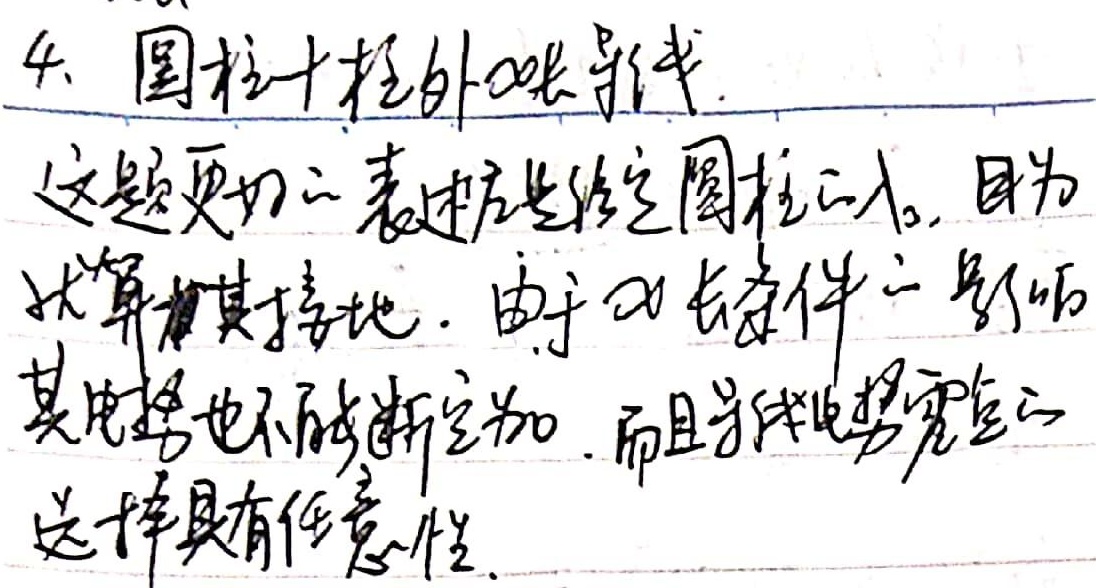
4. 圆柱十柱外电场导线。这题更确切的表述应是给定圆柱之内。因为就算将其接地，由于细长条件下导线其电势也不能断定为0，而且导线电势零点的选择具有任意性。